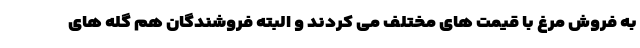
به فروش مرغ با قیمت های مختلف می کردند و البته فروشندگان هم گله های